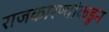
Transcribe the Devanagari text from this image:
राजकारण्यांकडून